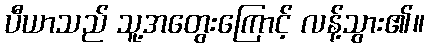
ပီယာသည် သူ့အတွေးကြောင့် လန့်သွား၏။